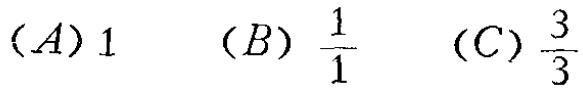
$(A)1\quad (B)\frac{1}{1}\quad (C)\frac{3}{3}$